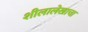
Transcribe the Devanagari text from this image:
शीलालेखाचा